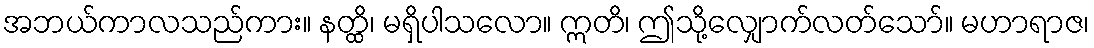
အဘယ်ကာလသည်ကား။ နတ္ထိ၊ မရှိပါသလော။ ဣတိ၊ ဤသို့လျှောက်လတ်သော်။ မဟာရာဇ၊